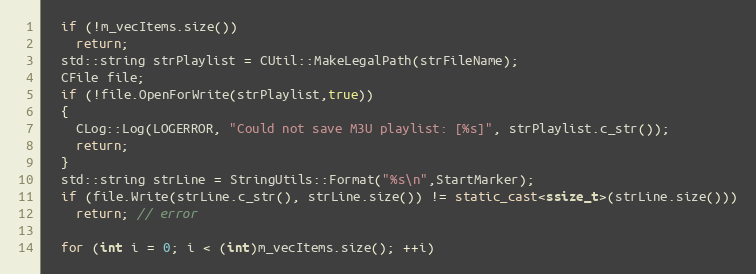
Language: C++
  if (!m_vecItems.size())
    return;
  std::string strPlaylist = CUtil::MakeLegalPath(strFileName);
  CFile file;
  if (!file.OpenForWrite(strPlaylist,true))
  {
    CLog::Log(LOGERROR, "Could not save M3U playlist: [%s]", strPlaylist.c_str());
    return;
  }
  std::string strLine = StringUtils::Format("%s\n",StartMarker);
  if (file.Write(strLine.c_str(), strLine.size()) != static_cast<ssize_t>(strLine.size()))
    return; // error

  for (int i = 0; i < (int)m_vecItems.size(); ++i)